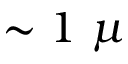
\sim 1 \ \mu